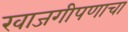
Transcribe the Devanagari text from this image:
खाजगीपणाचा